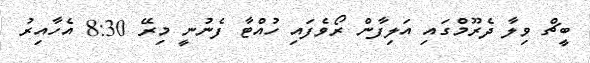
ބީޗް ވިލާ ދެރޫމްގައި އަލިފާން ރޯވެފައި ހުއްޓާ ފެނުނީ މިރޭ 8:30 އެހާއިރު